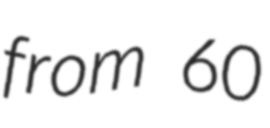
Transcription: from 60